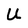
Character: U